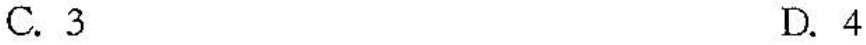
C.3 D.4